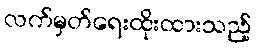
လက်မှတ်ရေးထိုးထားသည့်